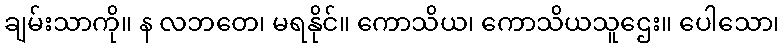
ချမ်းသာကို။ န လဘတေ၊ မရနိုင်။ ကောသိယ၊ ကောသိယသူဌေး။ ပေါသော၊